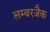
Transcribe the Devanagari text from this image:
लम्बरजैक